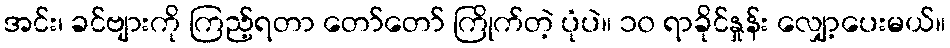
အင်း၊ ခင်ဗျားကို ကြည့်ရတာ တော်တော် ကြိုက်တဲ့ ပုံပဲ။ ၁၀ ရာခိုင်နှုန်း လျှော့ပေးမယ်။